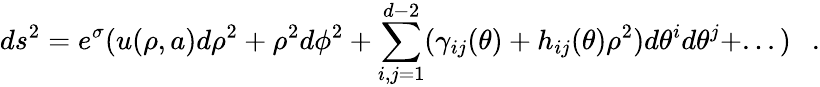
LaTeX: ds^{2}=e^{\sigma}(u(\rho,a)d\rho^{2}+\rho^{2}d\phi^{2}+\sum_{i,j=1}^{d-2}(\gamma_{ij}(\theta)+h_{ij}(\theta)\rho^{2})d\theta^{i}d\theta^{j}+...)~~~.